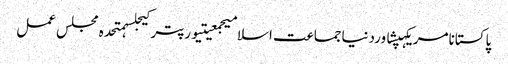
پاکستانامریکہپشاوردنیاجماعت اسلامیجمعیتیورپترکیجلسہمتحدہ مجلس عمل